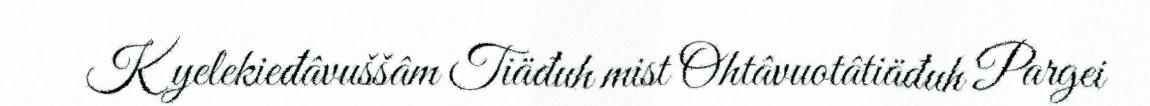
Kyelekieđâvuššâm Tiäđuh mist Ohtâvuotâtiäđuh Pargei